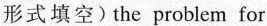
形式填空)the problem for